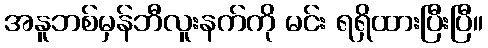
အနူဘစ်မှန်ဘီလူးနက်ကို မင်း ရရှိထားပြီးပြီ။